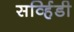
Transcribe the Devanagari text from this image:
सर्व्हिडी